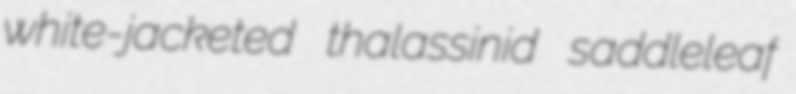
white-jacketed thalassinid saddleleaf